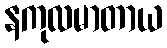
နကုလမာတာယ